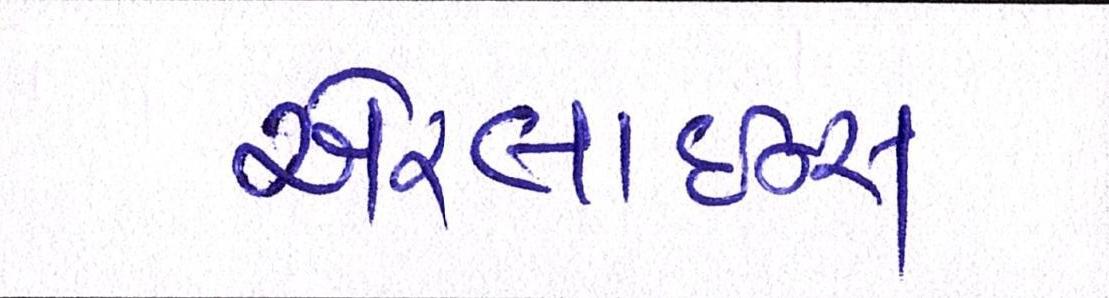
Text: એરલાઇન્સ